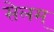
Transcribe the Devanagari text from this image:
सेलम्